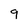
Character: 9